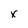
Character: x